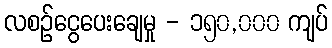
လစဉ်ငွေပေးချေမှု - ၁၅၀,၀၀၀ ကျပ်